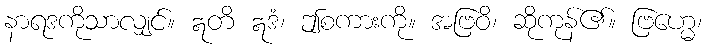
နာရဒကိုသာလျှင်။ ဣတိ ဣဒံ၊ ဤစကားကို။ အဗြဝိ၊ ဆိုကုန်၏။ ဗြဟ္မေ၊